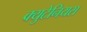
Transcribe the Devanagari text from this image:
क्युटेनियस